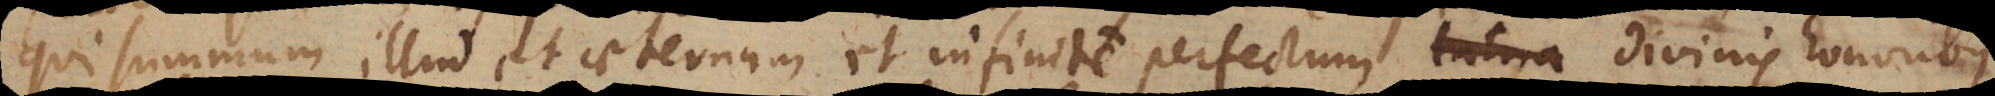
qui summum illud et aeternum et infinite perfectum latria divinis honoribus